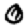
Digit: 0